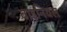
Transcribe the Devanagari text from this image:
बाइनियल